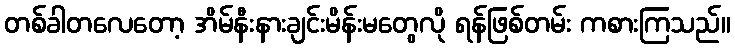
တစ်ခါတလေတော့ အိမ်နီးနားချင်းမိန်းမတွေလို ရန်ဖြစ်တမ်း ကစားကြသည်။